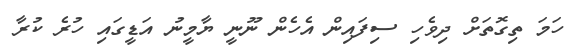
ހަމަ ތިގޮތަށް ދިވެހި ސިފައިން އެހެން ނޫނީ ޔާމީނު އަޑީގައި ހުރެ ކުރާ